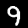
Digit: 9